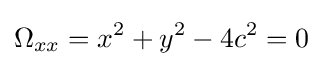
\Omega _{xx}=x^{2}+y^{2}-4c^{2}=0